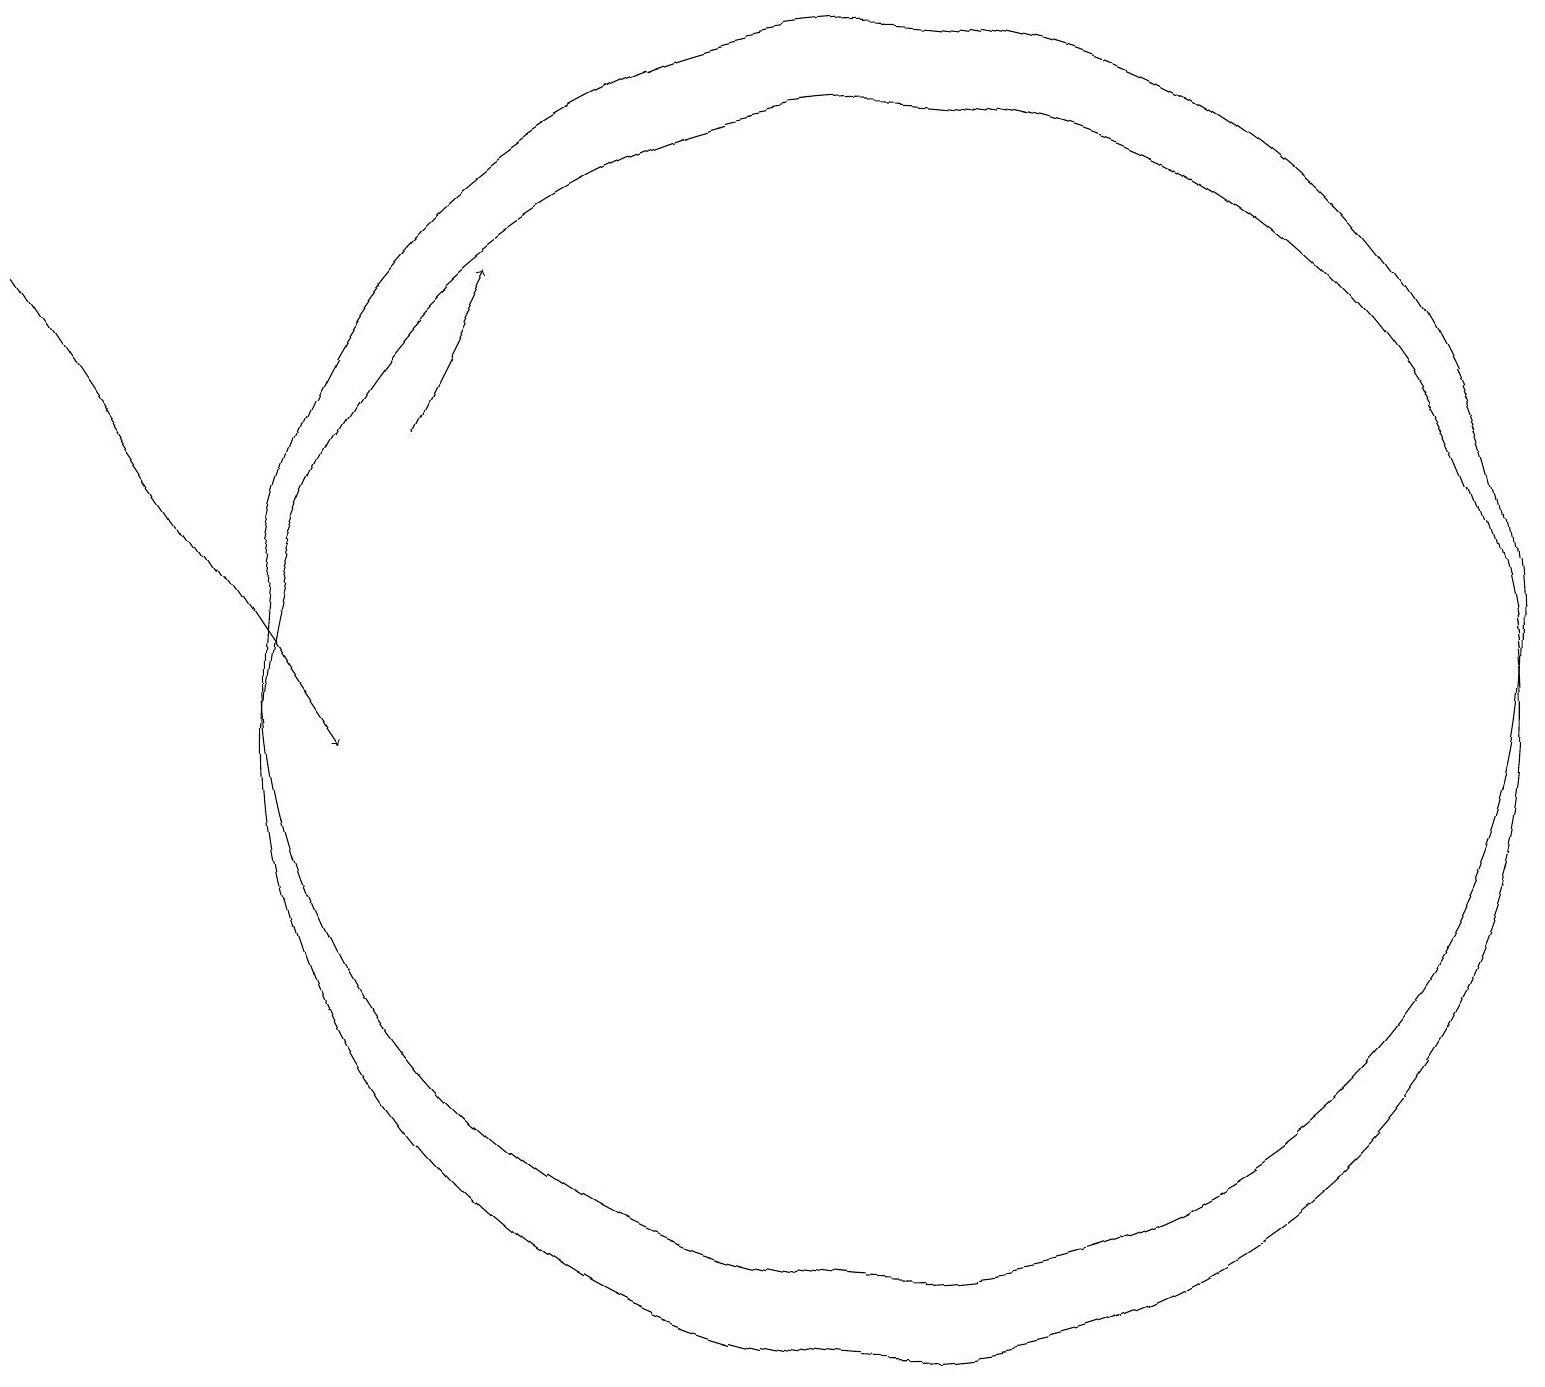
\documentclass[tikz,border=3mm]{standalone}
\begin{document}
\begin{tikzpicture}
\draw (11,10) circle (8);
\draw (11,11) circle (8);
\draw[->] (0,16) -- (4,10);
\draw[->] (5,14) -- (6,16);
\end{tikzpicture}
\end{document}